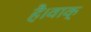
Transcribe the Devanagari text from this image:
है।वाक्